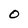
Character: O